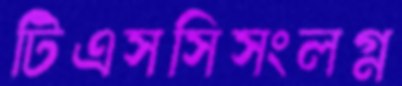
টিএসসিসংলগ্ন